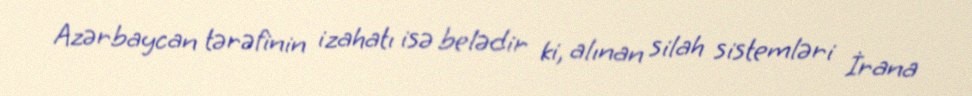
Azərbaycan tərəfinin izahatı isə belədir ki, alınan silah sistemləri İrana